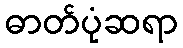
ဓာတ်ပုံဆရာ